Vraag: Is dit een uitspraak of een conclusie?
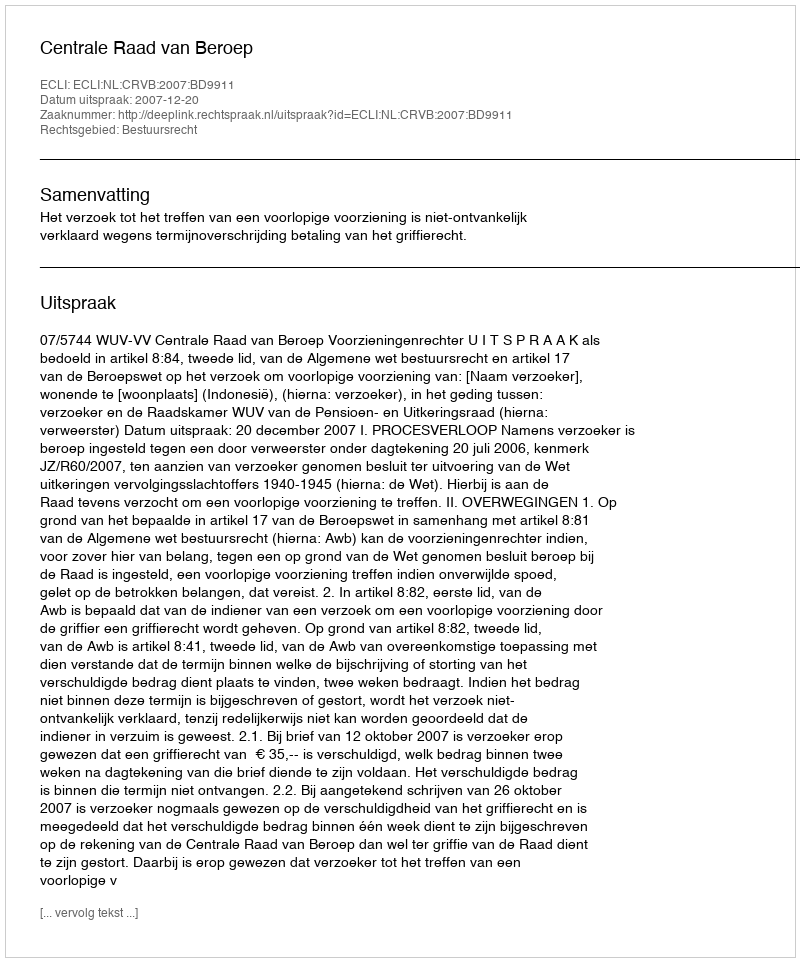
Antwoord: Uitspraak